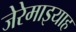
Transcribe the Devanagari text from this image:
जेरेमाइयाह